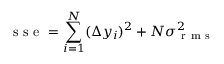
\textrm { s s e } = \sum _ { i = 1 } ^ { N } ( \Delta y _ { i } ) ^ { 2 } + N \sigma _ { \mathrm { ~ r ~ m ~ s ~ } } ^ { 2 }